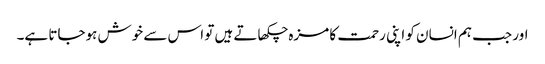
اور جب ہم انسان کو اپنی رحمت کا مزہ چکھاتے ہیں تو اس سے خوش ہوجاتا ہے۔